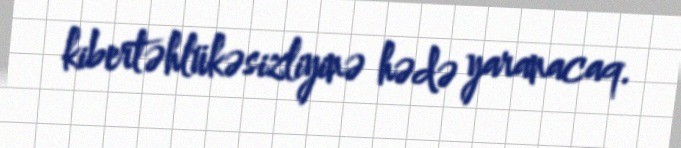
kibertəhlükəsizliyinə hədə yaranacaq.